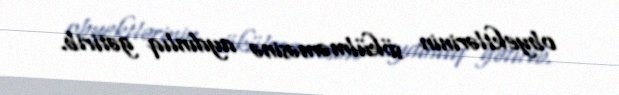
obyektlərinin sökülməməsinə aydınlıq gətirib.